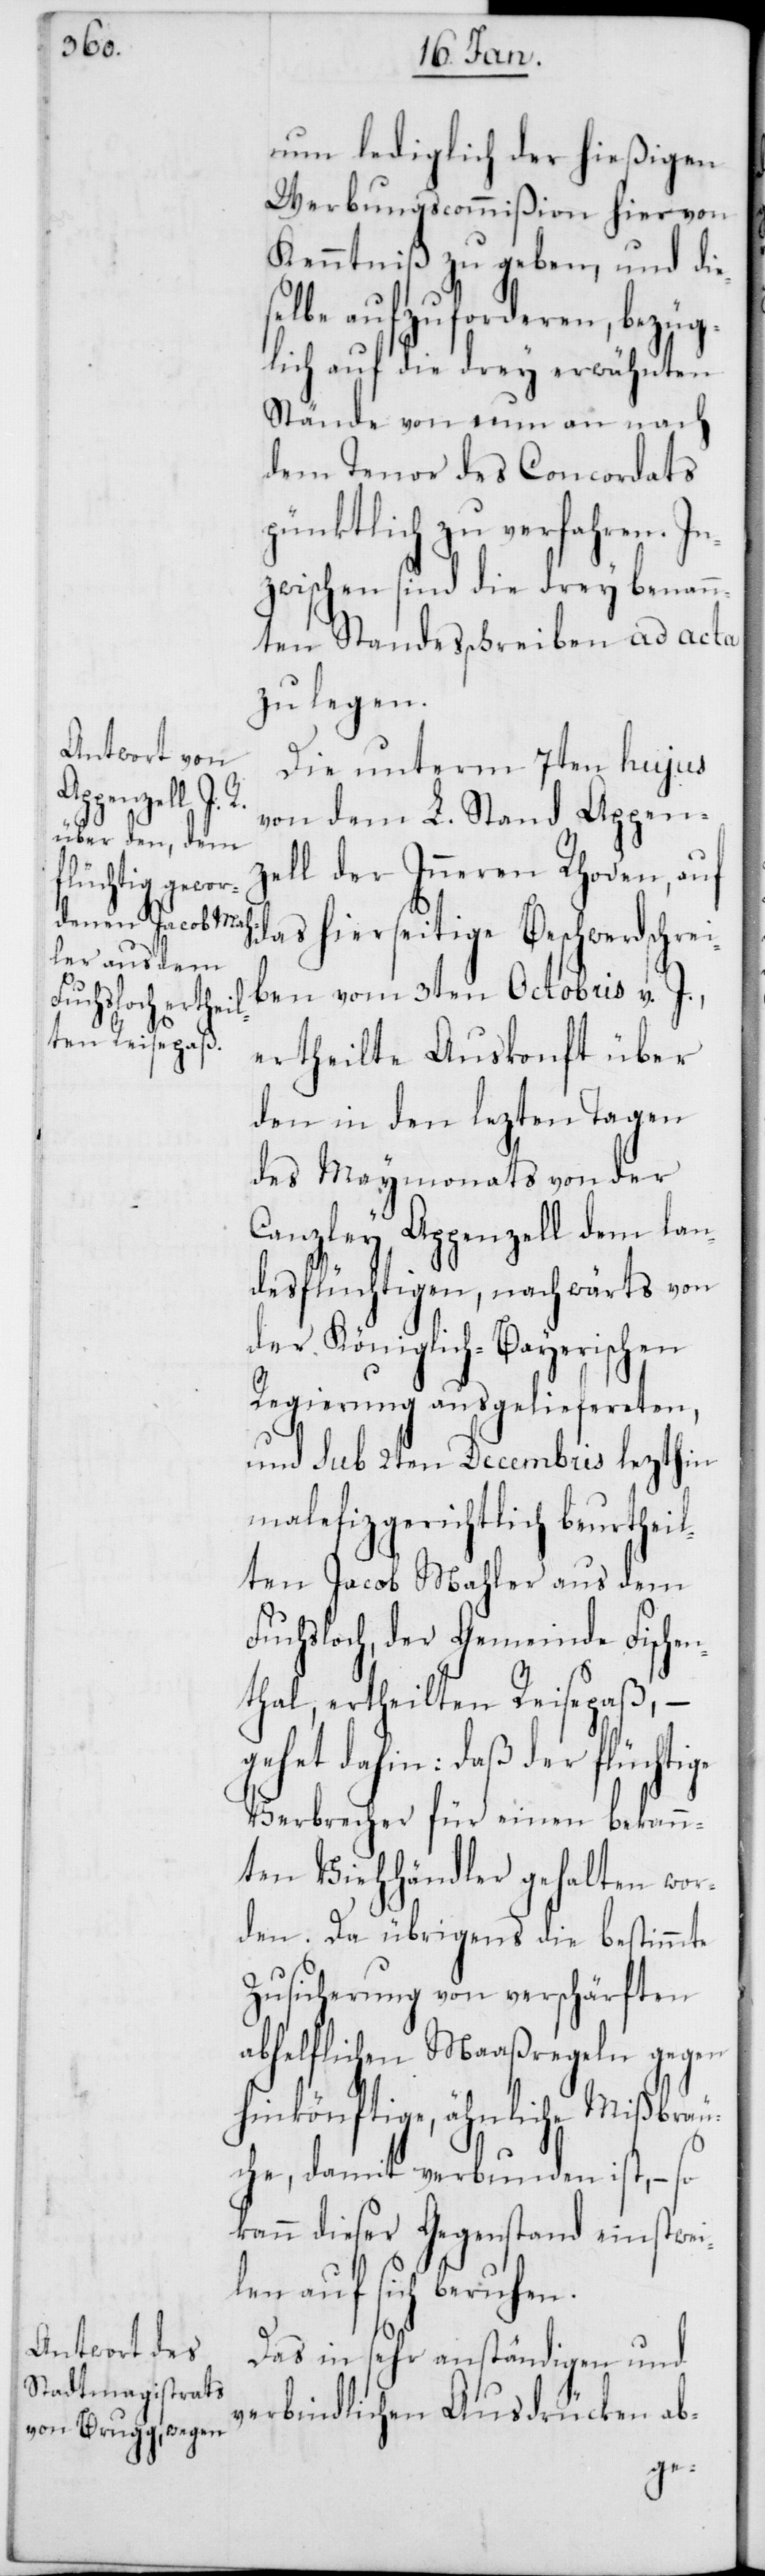
nun lediglich der hießigen
Werbungscommißion hiervon
Kenntniß zu geben, und die¬
forderen, bezüg¬
lich auf die drey erwähnten
Stände von nun an nach
dem Tenor des Concordats
pünktlich zu verfahren. In¬
zwischen sind die drey benann¬
ten Standesschreiben ad acta
zu legen.
Die unterm 7ten hujus
von dem L. Stand Appenz¬
ell der Inneren Rhoden, auf
das hierseitige Beschwerdschrei¬
ben vom 3ten Octobris v. J.,
ertheilte Auskonft über
den in den lezten Tagen
des Maymonats von der
Canzley Appenzell dem lan¬
desflüchtigen, nachwärts von
der Königlich-Bayerischen
Regierung ausgeliefereten,
und sub 2ten Decembris lezthin
malefizgerichtlich beurthei¬
lten Jacob Mahler aus dem
Fuchsloch, der Gemeinde Fischen¬
thal, ertheilten Reisepaß, –
gehet dahin: daß der flüchtige
Verbrecher für einen bekan¬
nten Viehhändler gehalten wor¬
den. Da übrigens die bestimmte
Zusicherung von verschärften
abhelflichen Maaßregeln gegen
hinkönftige, ähnliche Mißbräu¬
che damit verbunden ist, – so
kann dieser Gegenstand einstwei¬
len auf sich beruhen.
Das in sehr anständigen und
verbindlichen Ausdrücken ab-